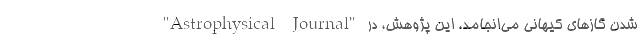
شدن گازهای کیهانی می‌انجامد. این پژوهش، در "Astrophysical Journal"